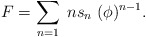
\begin{align*}F = \sum_{n=1}\; n s_{n}\; (\phi)^{n-1}.\end{align*}